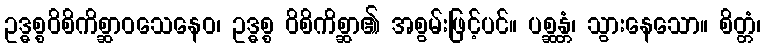
ဥဒ္ဓစ္စဝိစိကိစ္ဆာဝသေနေဝ၊ ဥဒ္ဓစ္စ ဝိစိကိစ္ဆာ၏ အစွမ်းဖြင့်ပင်။ ပစ္ဆန္တံ၊ သွားနေသော။ စိတ္တံ၊